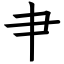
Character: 肀